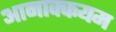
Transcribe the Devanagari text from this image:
आनाक्कयम